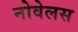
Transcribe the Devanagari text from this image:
नोवेलस